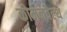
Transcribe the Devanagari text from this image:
कोमनवैल्थ